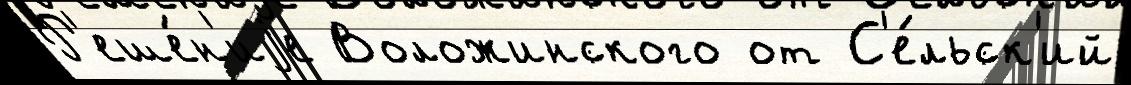
Р'еше́н'иjе Воложинского от С'е́льск'ий